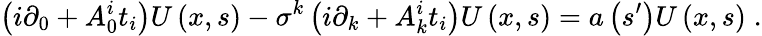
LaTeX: \left(i\partial_{0}+A_{0}^{i}t_{i}\right)U\left(x,s\right)-\sigma^{k}\left(i\partial_{k}+A_{k}^{i}t_{i}\right)U\left(x,s\right)=a\left(s^{\prime}\right)U\left(x,s\right)\; .